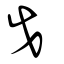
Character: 戉